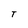
Character: T